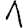
Digit: 1